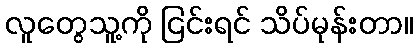
လူတွေသူ့ကို ငြင်းရင် သိပ်မုန်းတာ။